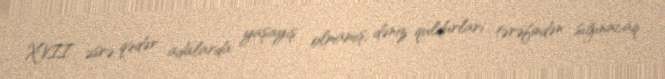
XVII əsrə qədər adalarda yaşayış olmamış, dəniz quldurları tərəfindən sığınacaq